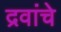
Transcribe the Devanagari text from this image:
द्रवांचे